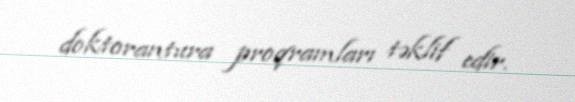
doktorantura proqramları təklif edir.